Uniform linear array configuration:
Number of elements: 8
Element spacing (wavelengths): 1
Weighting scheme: uniform
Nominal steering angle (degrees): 0
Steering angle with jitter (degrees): -1.623
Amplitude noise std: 0.05
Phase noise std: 0.05

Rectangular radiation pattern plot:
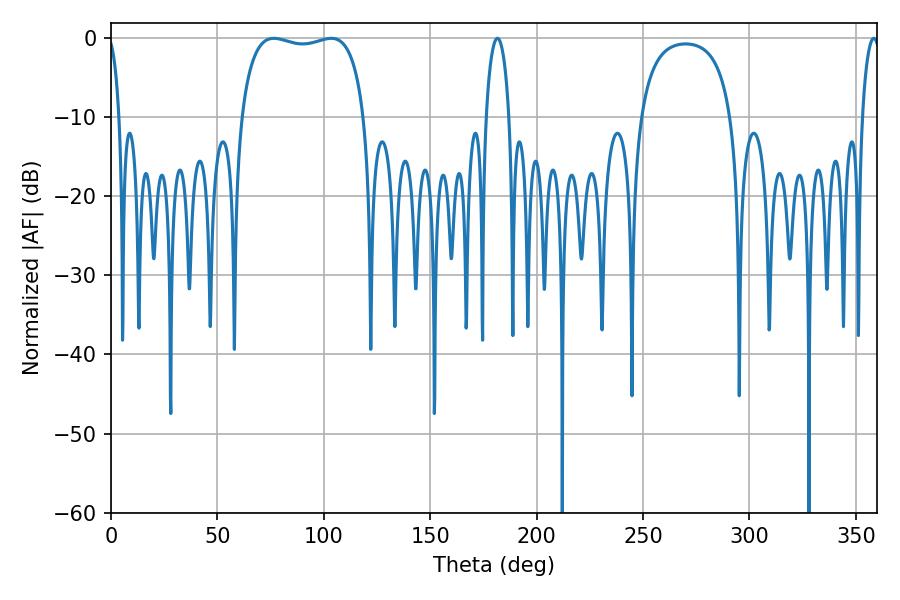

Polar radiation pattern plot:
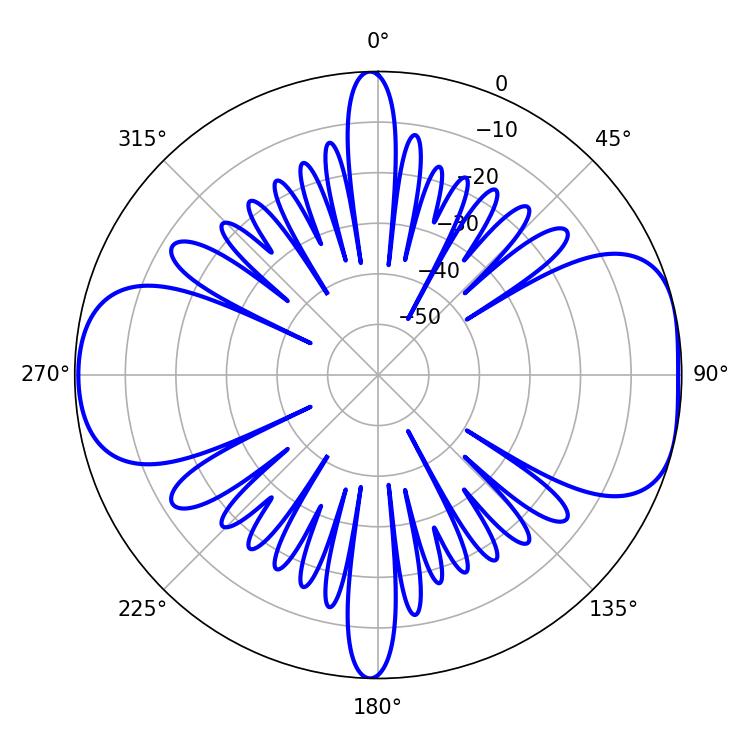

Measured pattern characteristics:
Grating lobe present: TRUE
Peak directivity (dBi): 7.938
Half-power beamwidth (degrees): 46.8
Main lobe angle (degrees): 76.5